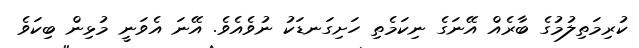
ކުރިމަތިލުމުގެ ބާރެއް އޭނަގެ ނިކަމެތި ހަށިގަނޑަކު ނުވެއެވެ. އޭނަ އެވަނީ މުޅިން ބިކަވެ